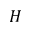
H